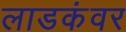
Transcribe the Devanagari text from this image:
लाडकंवर